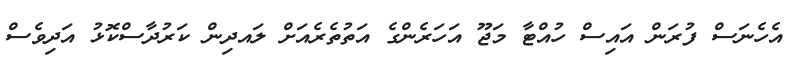
އެހެނަސް ފުރަން އައިސް ހުއްޓާ މަޖޫ އަހަރެންގެ އަތުތެރެއަށް ލައދިން ކަރުދާސްކޮޅު އަދިވެސް